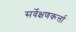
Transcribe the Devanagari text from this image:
सर्वेक्षणकर्त्ता